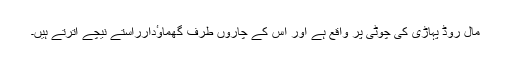
مال روڈ پہاڑی کی چوٹی پر واقع ہے اور اس کے چاروں طرف گھماوٴدارراستے نیچے اترتے ہیں۔